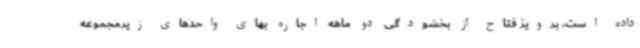
داده است. پرویز فتاح از بخشودگی دو ماهه اجاره بهای واحدهای زیرمجموعه